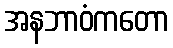
အနဘာဝံကတော